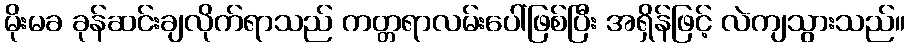
မိုးမခ ခုန်ဆင်းချလိုက်ရာသည် ကတ္တရာလမ်းပေါ်ဖြစ်ပြီး အရှိန်ဖြင့် လဲကျသွားသည်။